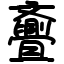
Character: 斖